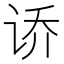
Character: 𫍤